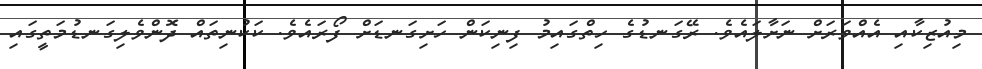
މިއުޒިކާއި އެއްވަރަށް ނަށާލައެވެ. ރޭގަނޑުގެ ހިތްގައިމު ފިނިކަން ހަށިގަނޑަށް ފޯރައެވެ. ކަކުނިތައް ދޮންވެލިގަނޑުމަތީގައި